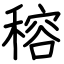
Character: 穃